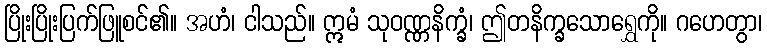
ပြိုးပြိုးပြက်ဖြူစင်၏။ အဟံ၊ ငါသည်။ ဣမံ သုဝဏ္ဏနိက္ခံ၊ ဤတနိက္ခသောရွှေကို။ ဂဟေတွာ၊